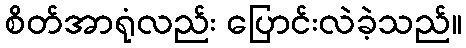
စိတ်အာရုံလည်း ပြောင်းလဲခဲ့သည်။